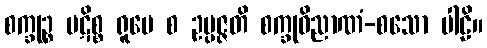
စက္ခုဉ္စ ပဋိစ္စ ရူပေ စ ဥပ္ပဇ္ဇတိ စက္ခုဝိညာဏံ-စသော ပါဠိ။